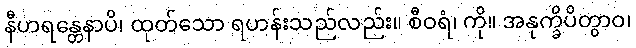
နီဟရန္တေနာပိ၊ ထုတ်သော ရဟန်းသည်လည်း။ စီဝရံ၊ ကို။ အနုက္ခိပိတွာဝ၊